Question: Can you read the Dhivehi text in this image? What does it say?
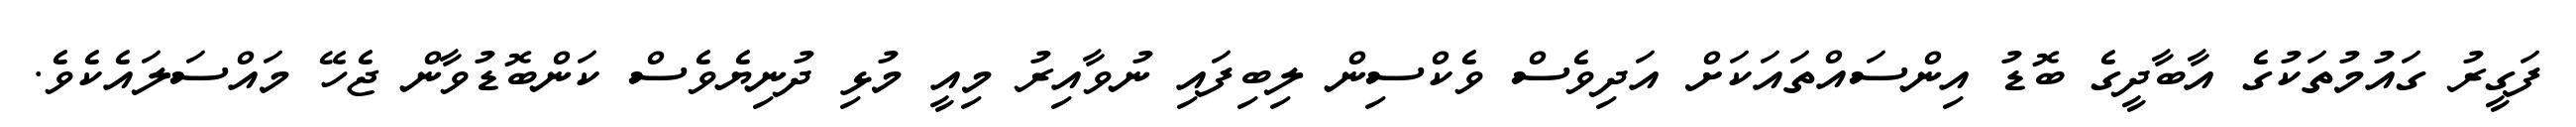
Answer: ފަގީރު ގައުމުތަކުގެ އާބާދީގެ ބޮޑު އިންސައްތައަކަށް އަދިވެސް ވެކްސިން ލިބިފައި ނުވާއިރު މިއީ މުޅި ދުނިޔެވެސް ކަންބޮޑުވާން ޖެހޭ މައްސަލައެކެވެ.